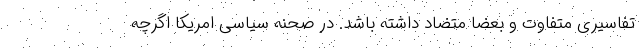
تفاسیری متفاوت و بعضاً متضاد داشته باشد. در صحنه سیاسی امریکا اگرچه